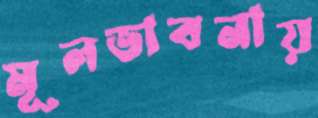
মূলভাবনায়